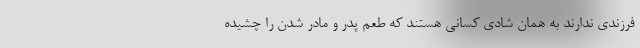
فرزندی ندارند به همان شادی کسانی هستند که طعم پدر و مادر شدن را چشیده